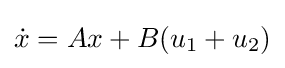
{\dot {x}}=Ax+B(u_{1}+u_{2})